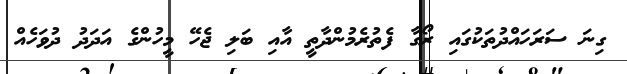
ގިނަ ސަރަހައްދުތަކުގައި ރޯގާ ފެތުރެމުންދާތީ އާއި ބަލި ޖެހޭ މީހުންގެ އަދަދު ދުވަހެއް